Vaccine operations Central Provinces 1886-1899 - 1886-1899
Year: 1886
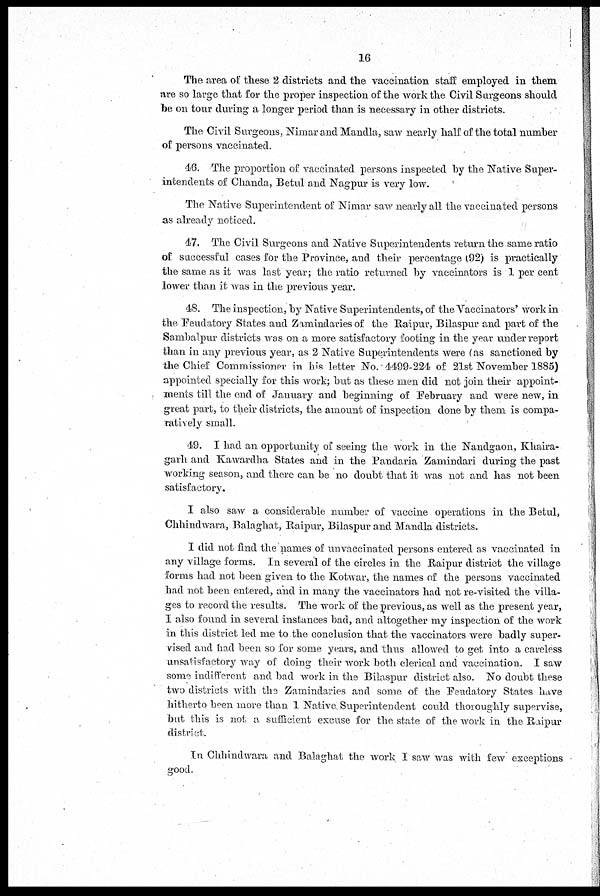
16
The area of these 2 districts and the vaccination staff employed in them
are so large that for the proper inspection of the work the Civil Surgeons should
be on tour during a longer period than is necessary in other districts.
The Civil Surgeons, Nimar and Mandla, saw nearly half of the total number
of persons vaccinated.
46. The proportion of vaccinated persons inspected by the Native Super-
intendents of Chanda, Betul and Nagpur is very low.
The Native Superintendent of Nimar saw nearly all the vaccinated persons
as already noticed.
47. The Civil Surgeons and Native Superintendents return the same ratio
of successful cases for the Province, and their percentage (92) is practically
the same as it was last year; the ratio returned by vaccinators is 1 per cent
lower than it was in the previous year.
48. The inspection, by Native Superintendents, of the Vaccinators' work in
the Feudatory States and Zamindaries of the Raipur, Bilaspur and part of the
Sambalpur districts was on a more satisfactory footing in the year under report
than in any previous year, as 2 Native Superintendents were (as sanctioned by
the Chief Commissioner in his letter No. 4499-224 of 21st November 1885)
appointed specially for this work; but as these men did not join their appoint-
ments till the end of January and beginning of February and were new, in
great part, to their districts, the amount of inspection done by them is compa¬
ratively small.
49. I had an opportunity of seeing the work in the Nandgaon, Khaira¬
garh and Kawardha States and in the Pandaria Zamindari during the past
working season, and there can be no doubt that it was not and has not been
satisfactory.
I also saw a considerable number of vaccine operations in the Betul,
Chhindwara, Balaghat, Raipur, Bilaspur and Mandla districts.
I did not find the names of unvaccinated persons entered as vaccinated in
any village forms. In several of the circles in the Raipur district the village
forms had not been given to the Kotwar, the names of the persons vaccinated
had not been entered, and in many the vaccinators had not re-visited the villa-
ges to record the results. The work of the previous, as well as the present year,
I also found in several instances bad, and altogether my inspection of the work
in this district led me to the conclusion that the vaccinators were badly super-
vised and had been so for some years, and thus allowed to get into a careless
unsatisfactory way of doing their work both clerical and vaccination. I saw
some indifferent and bad work in the Bilaspur district also. No doubt these
two districts with the Zamindaries and some of the Feudatory States have
hitherto been more than 1 Native Superintendent could thoroughly supervise,
but this is not a sufficient excuse for the state of the work in the Raipur
district.
In Chhindwara and Balaghat the work I saw was with few exceptions
good.